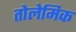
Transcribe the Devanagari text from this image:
तोलेमिक